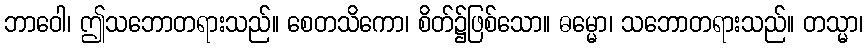
ဘာဝေါ၊ ဤသဘောတရားသည်။ စေတသိကော၊ စိတ်၌ဖြစ်သော။ ဓမ္မော၊ သဘောတရားသည်။ တသ္မာ၊